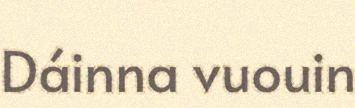
Dáinna vuouin